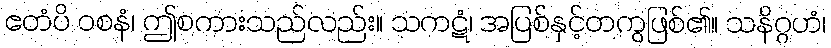
ဧတံပိ ဝစနံ၊ ဤစကားသည်လည်း။ သကဋံ၊ အပြစ်နှင့်တကွဖြစ်၏။ သနိဂ္ဂဟံ၊